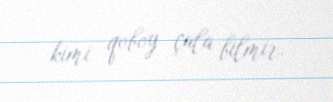
kimi qoboy çala bilmir.